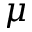
\mu